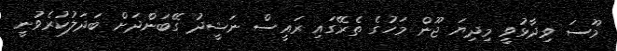
މޫސަ ވިދާޅުވީ މިދިޔަ ޖޫން މަހުގެ ތެރޭގައި ރައީސް ނަޝީދު ގޭބަންދަށް ބަދަލުކުރެވުނީ